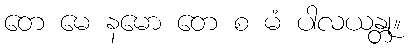
တေ မေ နမော တေ စ မံ ပါလယန္တု။